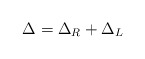
\begin{align*}\Delta = \Delta_R + \Delta _L\end{align*}